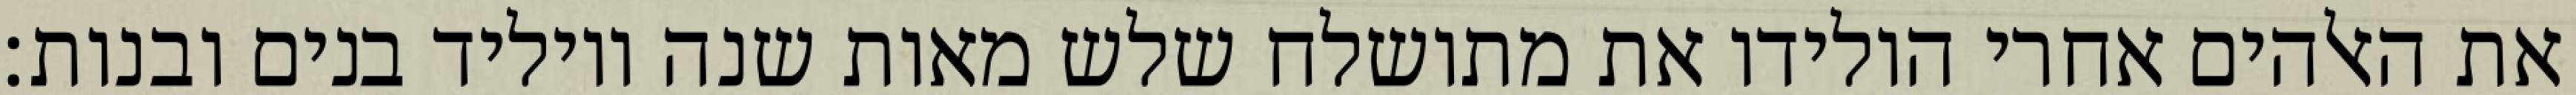
את האלהים אחרי הולידו את מתושלח שלש מאות שנה ויוליד בנים ובנות׃